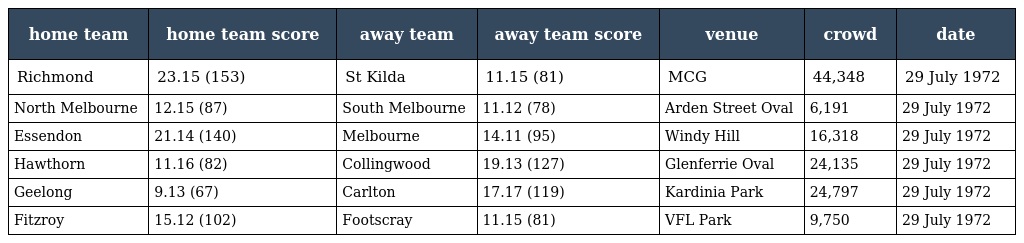
| home team | home team score | away team | away team score | venue | crowd | date |
 | --- | --- | --- | --- | --- | --- | --- |
 | Richmond | 23.15 (153) | St Kilda | 11.15 (81) | MCG | 44,348 | 29 July 1972 |
 | North Melbourne | 12.15 (87) | South Melbourne | 11.12 (78) | Arden Street Oval | 6,191 | 29 July 1972 |
 | Essendon | 21.14 (140) | Melbourne | 14.11 (95) | Windy Hill | 16,318 | 29 July 1972 |
 | Hawthorn | 11.16 (82) | Collingwood | 19.13 (127) | Glenferrie Oval | 24,135 | 29 July 1972 |
 | Geelong | 9.13 (67) | Carlton | 17.17 (119) | Kardinia Park | 24,797 | 29 July 1972 |
 | Fitzroy | 15.12 (102) | Footscray | 11.15 (81) | VFL Park | 9,750 | 29 July 1972 |